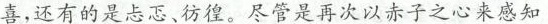
喜，还有的是忐忑、彷徨。尽管是再次以赤子之心来感知